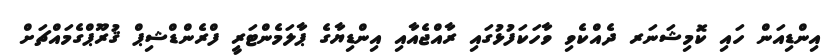
އިންޑިއަން ހައި ކޮމިޝަނަރ ދެއްކެވި ވާހަކަފުޅުގައި ރާއްޖެއާއި އިންޑިޔާގެ ޕާލަމެންޓަރީ ފްރެންޑްޝިޕް ޤުރޫޕްގެމައްޗަށް